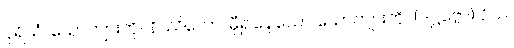
ပုရိသံ၊ ယောကျ်ားကို။ နိဿိတော၊ မှီ၍နေသော ယောကျ်ားကို။ (ဒဋ္ဌဗ္ဗော) ဝိယ၊